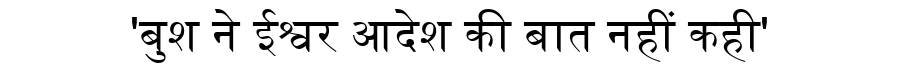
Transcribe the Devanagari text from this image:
'बुश ने ईश्वर आदेश की बात नहीं कही'